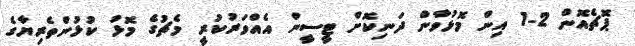
ޕޮޗެއޮން 2-1 އިން މޮޅުވާން ދަނިކޮށް ޓީސީން އެއްވަރުކުރީ މެޗުގެ މޮޅު ކުޅުންތެރިޔާގެ